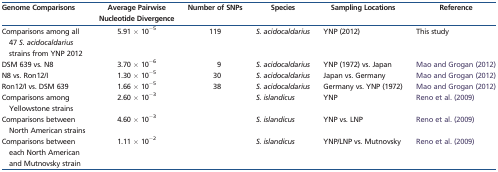
| Genome Comparisons | Average Pairwise Nucleotide Divergence | Number of SNPs | Species | Sampling Locations | Reference |
 | --- | --- | --- | --- | --- | --- |
 | Comparisons among all 47 S. acidocaldarius strains from YNP 2012 | 5.91 × 10−5 | 119 | S. acidocaldarius | YNP (2012) | This study |
 | DSM 639 vs. N8 | 3.70 × 10−6 | 9 | S. acidocaldarius | YNP (1972) vs. Japan | Mao and Grogan (2012) |
 | N8 vs. Ron12/I | 1.30 × 10−5 | 30 | S. acidocaldarius | Japan vs. Germany | Mao and Grogan (2012) |
 | Ron12/I vs. DSM 639 | 1.66 × 10−5 | 38 | S. acidocaldarius | Germany vs. YNP (1972) | Mao and Grogan (2012) |
 | Comparisons among Yellowstone strains | 2.60 × 10−3 |  | S. islandicus | YNP | Reno et al. (2009) |
 | Comparisons between North American strains | 4.60 × 10−3 |  | S. islandicus | YNP vs. LNP | Reno et al. (2009) |
 | Comparisons between each North American and Mutnovsky strain | 1.11 × 10−2 |  | S. islandicus | YNP/LNP vs. Mutnovsky | Reno et al. (2009) |